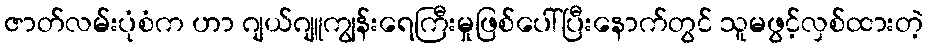
ဇာတ်လမ်းပုံစံက ဟာ ဂျယ်ဂျူကျွန်းရေကြီးမှုဖြစ်ပေါ်ပြီးနောက်တွင် သူမဖွင့်လှစ်ထားတဲ့